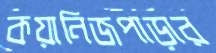
কয়ানিজপাড়ার